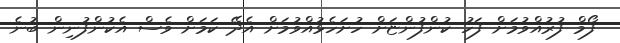
ފޯމް ފުރުއްވުމަށް ފަހު ކުންފުންޏަށް ހުށަހެޅުއްވުމަށް އެދޭ ކަމަށް ވެސް އެކުންފުނިން ބުނެ